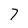
Character: 7